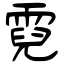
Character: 霓